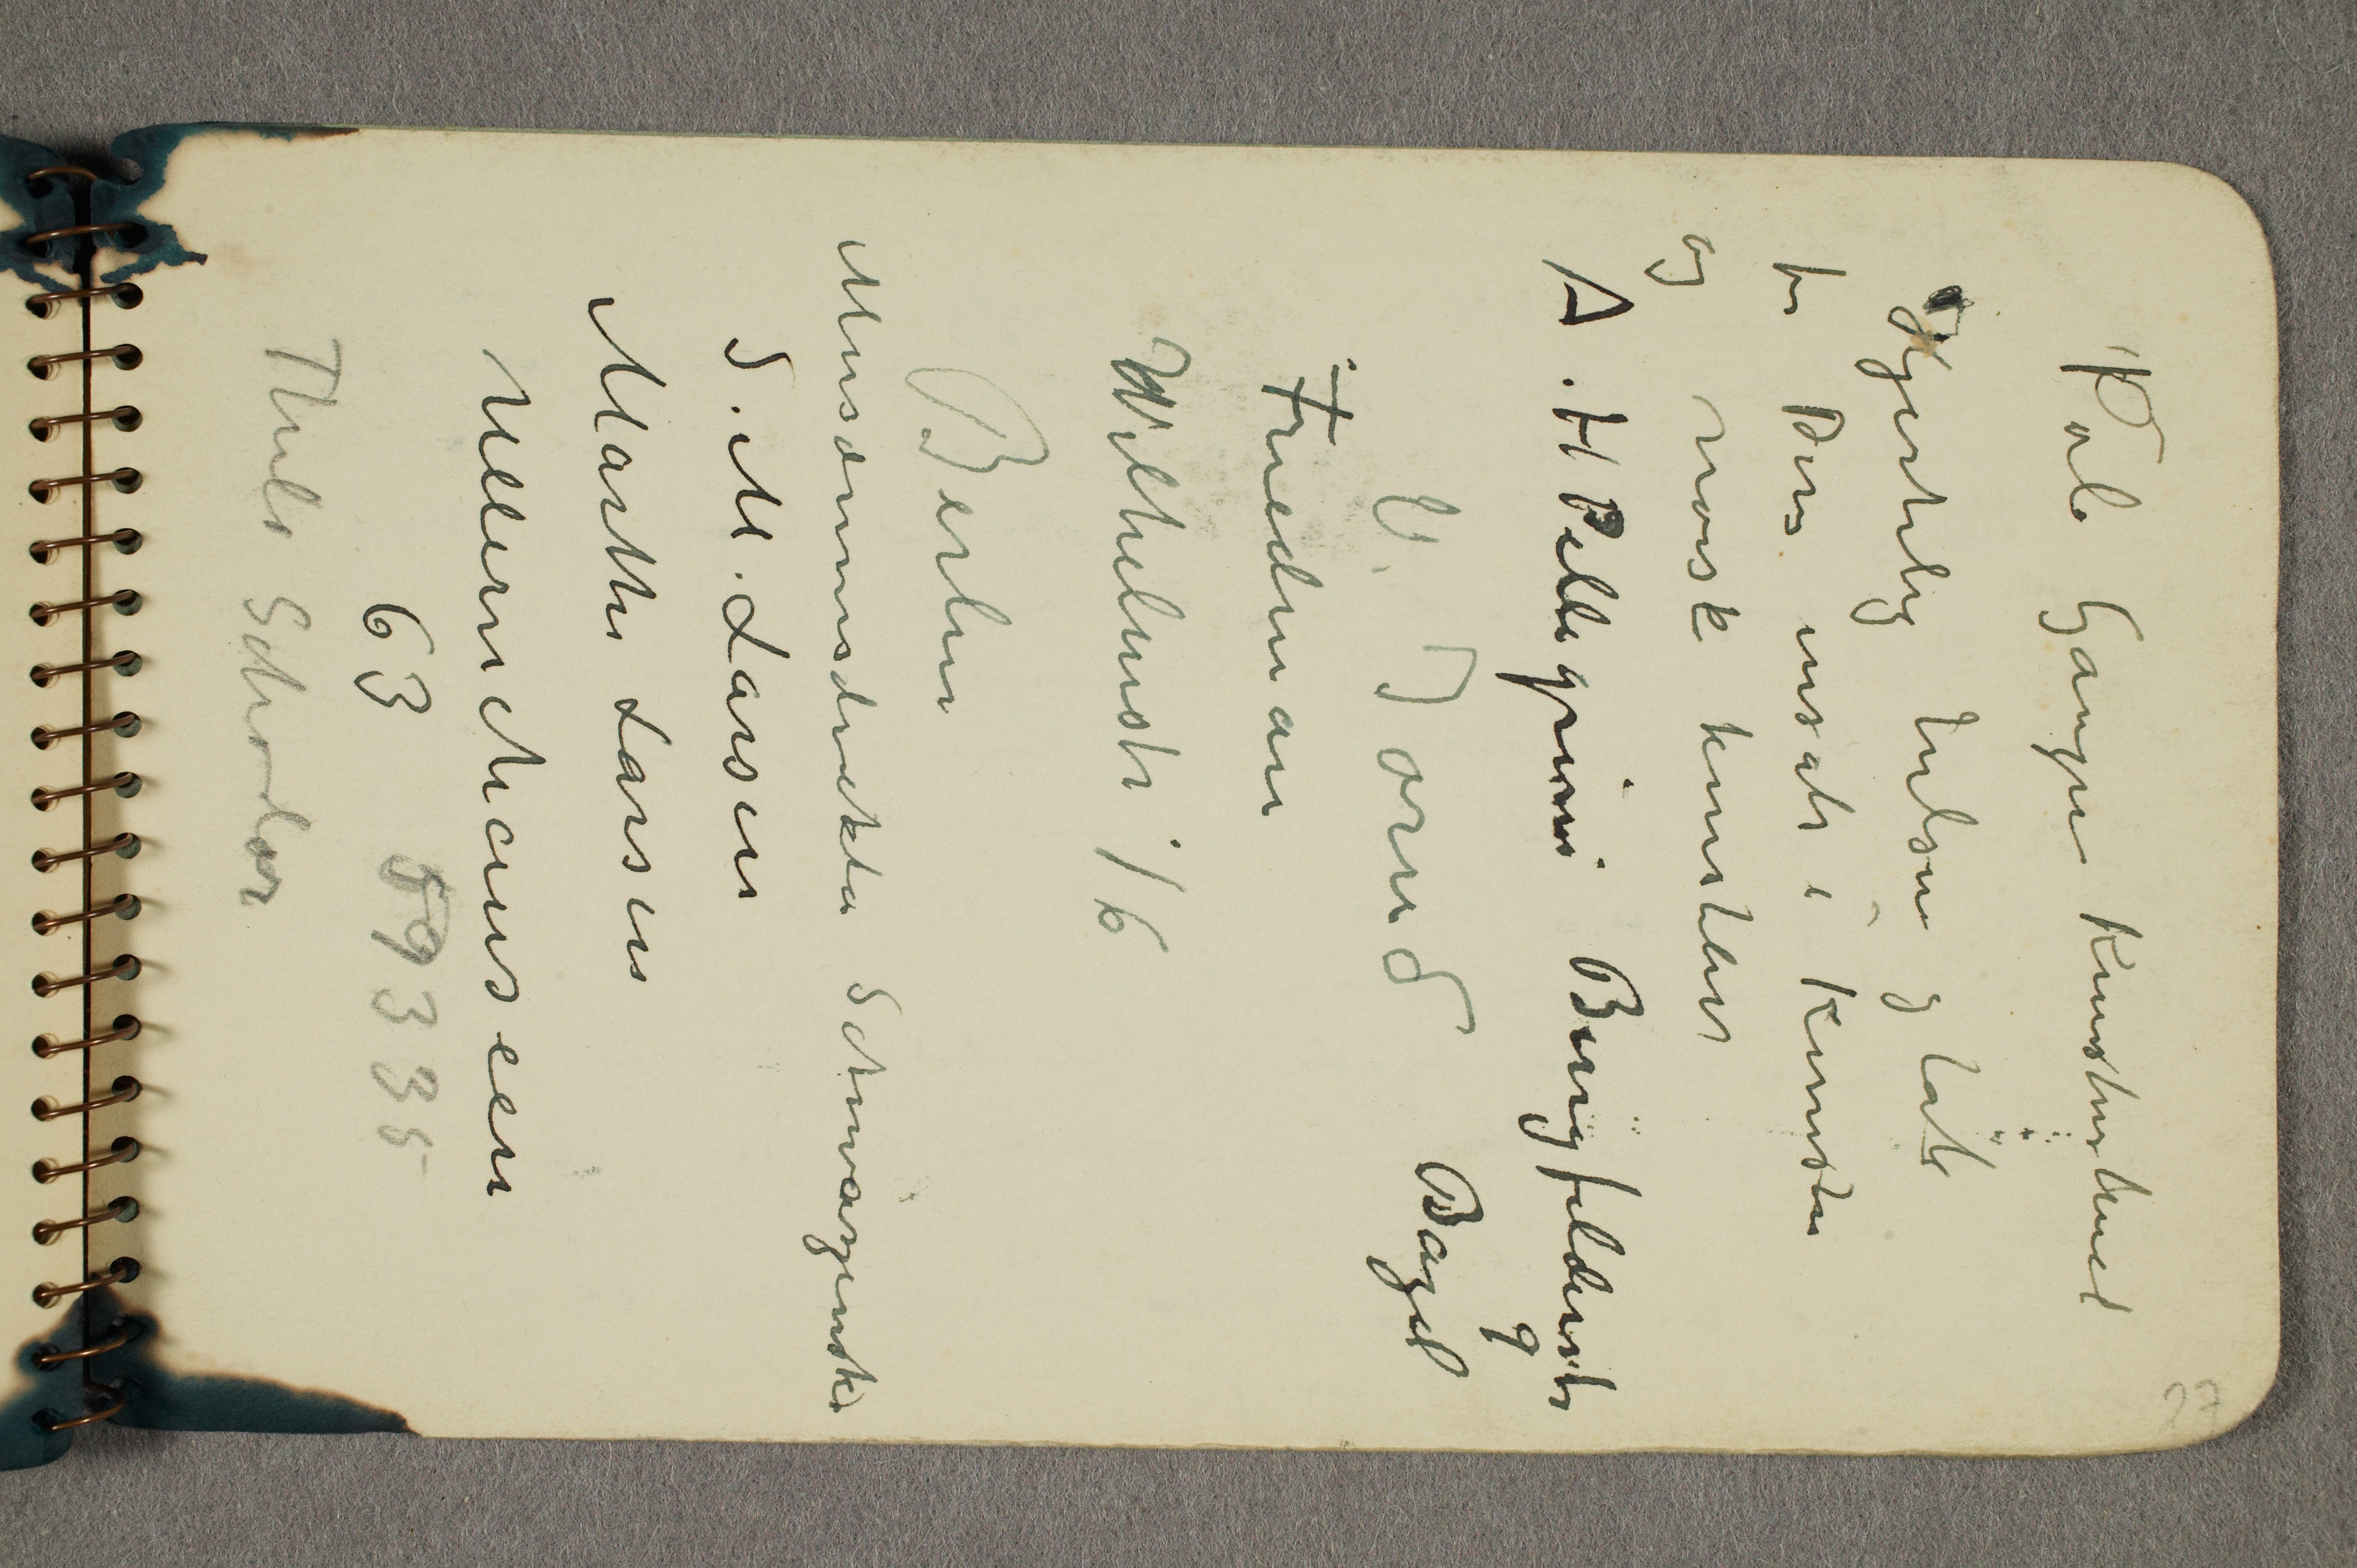
Pola Gaugin Kunstnerhuset
Hjertelig hilsen og tak
for Deres insats i Kunsten
og norsk kunstliv
A.H. Pellegrini Burgfelderstr.
9
Bazel
V. Jorud
Friedman
Wilhelmstr 16
Berlin
Museumsdirektør Schwarzenski
S. M. Larsen
Marthe Larsen
Ullernchauseen
63  59335
Thilo Schoder